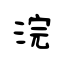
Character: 浣